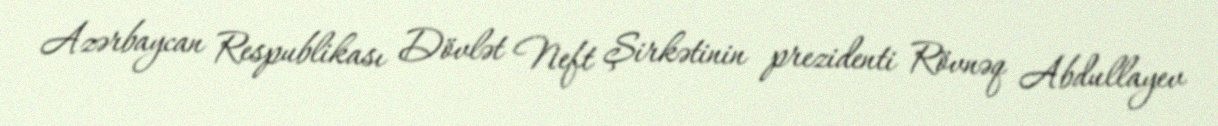
Azərbaycan Respublikası Dövlət Neft Şirkətinin prezidenti Rövnəq Abdullayev